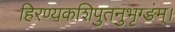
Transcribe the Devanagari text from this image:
हिरण्यकशिपुतनुभृग्ङंम्।